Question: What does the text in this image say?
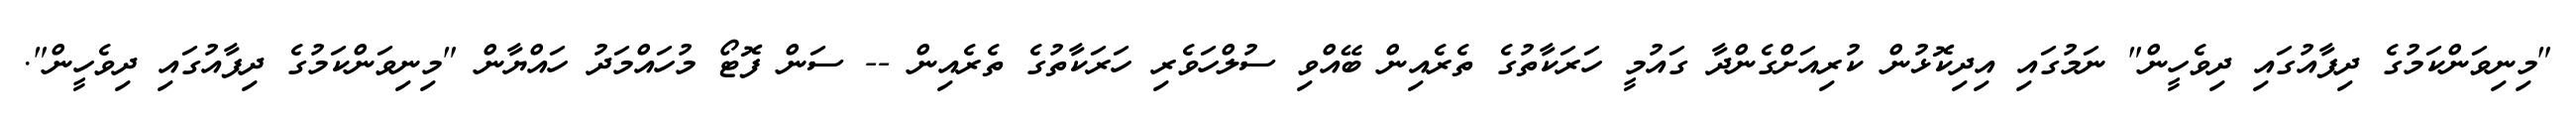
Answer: "މިނިވަންކަމުގެ ދިފާއުގައި ދިވެހީން" ނަމުގައި އިދިކޮޅުން ކުރިއަށްގެންދާ ގައުމީ ހަރަކާތުގެ ތެރެއިން ބޭއްވި ސުލްހަވެރި ހަރަކާތުގެ ތެރެއިން -- ސަން ފޮޓޯ މުހައްމަދު ހައްޔާން "މިނިވަންކަމުގެ ދިފާއުގައި ދިވެހީން".